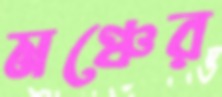
মঞ্চের